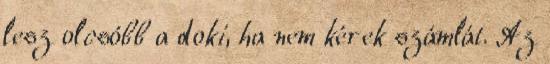
lesz olcsóbb a doki, ha nem kérek számlát. Az